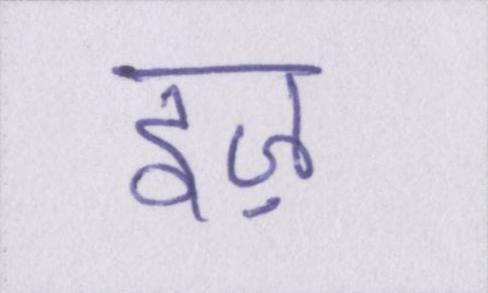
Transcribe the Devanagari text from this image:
इज़